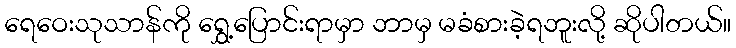
ရေဝေးသုသာန်ကို ရွှေ့ပြောင်းရာမှာ ဘာမှ မခံစားခဲ့ရဘူးလို့ ဆိုပါတယ်။